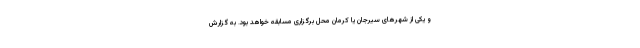
و یکی از شهرهای سیرجان یا کرمان محل برگزاری مسابقه خواهد بود. به گزارش